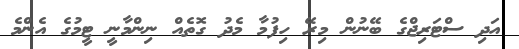
އަދި ސްޓަރިޖްގެ ބޭނުން މިރޭ ހިފުމާ މެދު ގޮތެއް ނިންމާނީ ޓީމުގެ އެންމެ